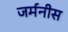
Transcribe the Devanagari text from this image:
जर्मनीस